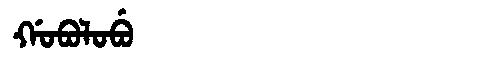
Manchu: ᡤᠣᠪᠣᠯᠣᠪᡠ
Romanization: GOBOLOBU